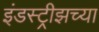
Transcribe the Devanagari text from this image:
इंडस्ट्रीझच्या